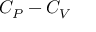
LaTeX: C _ { P } - C _ { V }